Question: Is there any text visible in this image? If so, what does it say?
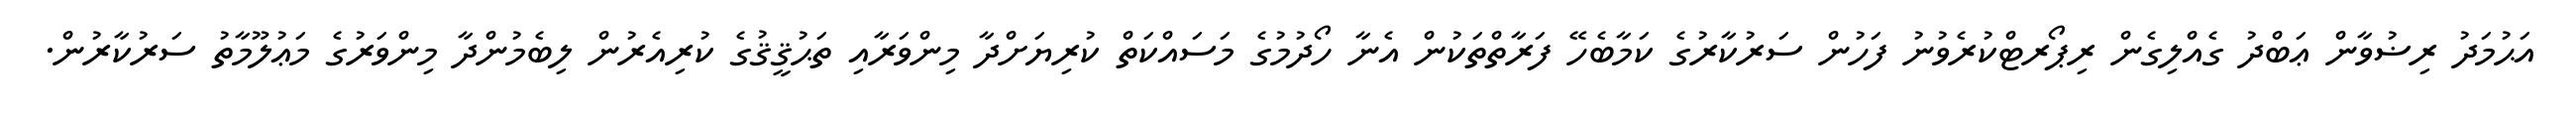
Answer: އަޙުމަދު ރިޟުވާން ޢަބްދު ގެއްލިގެން ރިޕޯރޓްކުރެވުނު ފަހުން ސަރުކާރުގެ ކަމާބެހޭ ފަރާތްތަކުން އެނާ ހޯދުމުގެ މަސައްކަތް ކުރިޔަށްދާ މިންވަރާއި ތަޙުޤީޤުގެ ކުރިއެރުން ލިބެމުންދާ މިންވަރުގެ މަޢުލޫމާތު ސަރުކާރުން.